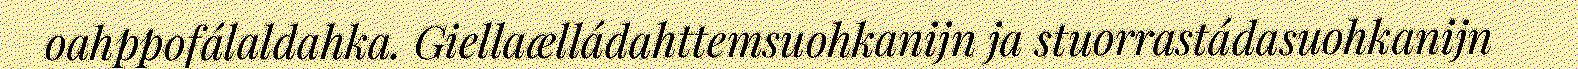
oahppofálaldahka. Giellaælládahttemsuohkanijn ja stuorrastádasuohkanijn